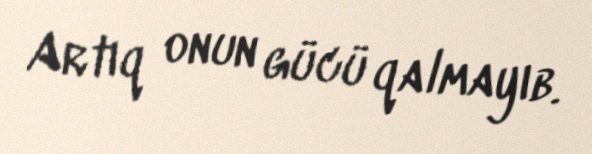
Artıq onun gücü qalmayıb.